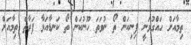
ތިމާއަށް ހައްގުވަނީ ފިނިކަން ތޯ ނުވަތަ ހޫނުކަން ތޯ ކަނޑާއަޅާ ފަރާތް ތިމާއަށް